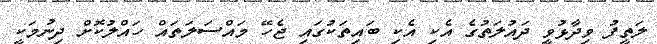
ލަތީފު ވިދާޅުވީ ދައުލަތުގެ އެކި އެކި ބައިތަކުގައި ޖެހޭ މައްސަލަތައް ހައްލުކޮށް ދިނުމަކީ